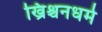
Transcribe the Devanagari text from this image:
ख्रिश्चनधर्म